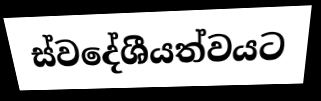
ස්වදේශීයත්වයට